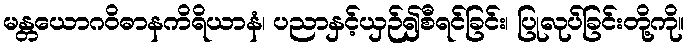
မန္တယောဂဝိဓာနကိရိယာနံ၊ ပညာနှင့်ယှဉ်၍စီရင်ခြင်း၊ ပြုလုပ်ခြင်းတို့ကို။